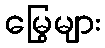
မြွေများ